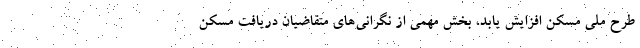
طرح ملی مسکن افزایش یابد، بخش مهمی از نگرانی‌های متقاضیان دریافت مسکن